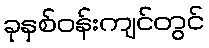
ခုနှစ်ဝန်းကျင်တွင်